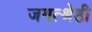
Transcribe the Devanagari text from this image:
जगत्श्रेष्ठी